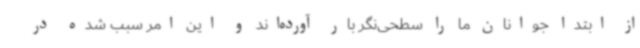
از ابتدا جوانان ما را سطحی‌نگر بار آورده‌اند و این امر سبب شده در